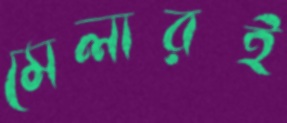
মেলারই